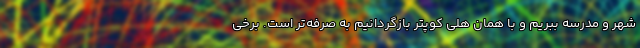
شهر و مدرسه ببریم و با همان هلی کوپتر بازگردانیم به صرفه‌تر است. برخی